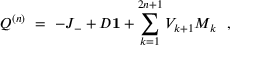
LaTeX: Q ^ { ( n ) } \ = \ - J _ { - } + D { \bf 1 } + \sum _ { k = 1 } ^ { 2 n + 1 } V _ { k + 1 } M _ { k } \ \ ,